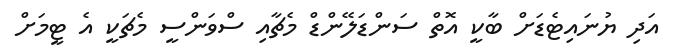
އަދި ޔުނައިޓެޑަށް ބާކީ އޮތް ސަންޑަލޭންޑް މެޗާއި ސްވަންސީ މެޗަކީ އެ ޓީމަށް